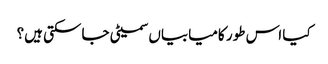
کیا اس طور کامیابیاں سمیٹی جاسکتی ہیں؟